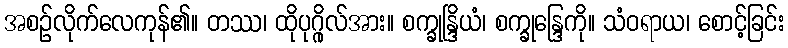
အစဉ်လိုက်လေကုန်၏။ တဿ၊ ထိုပုဂ္ဂိုလ်အား။ စက္ခုန္ဒြိယံ၊ စက္ခုန္ဒြေကို။ သံဝရာယ၊ စောင့်ခြင်း